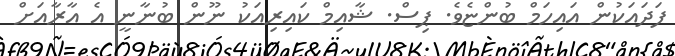
ފަދައަކުން އައިހަމް ބުންޏެވެ. ޕިސް. ޝާއިމް ކައިރިއަކު ނޫން ބުނާނީ އެ އާރާއަށް